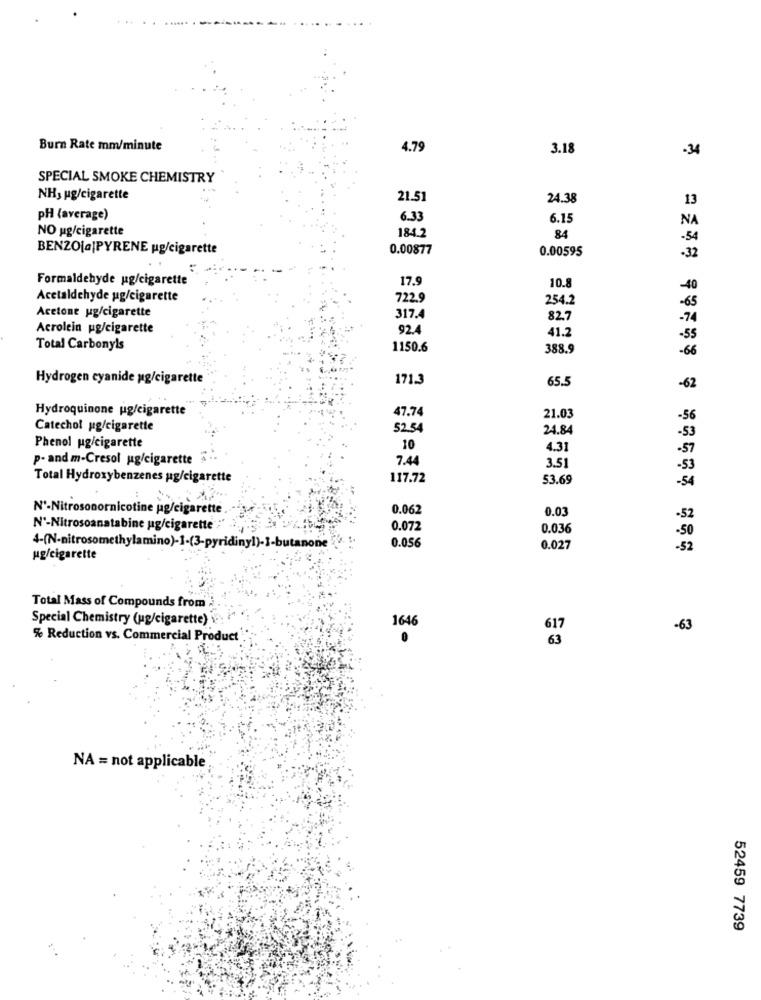
Burn Rate mm/minute
4.79
3.18
-34
SPECIAL SMOKE CHEMISTRY
NH3 ug/cigarette
21.51
24.38
13
pH (average)
6.33
6.15
NA
NO ug/cigarette
184.2
84
-54
BENZO|a|PYRENE ug/cigarette
0.00877
0.00595
-32
Formaldehyde ug/cigarette
17.9
10.8
-40
Acetaldehyde ug/cigarette
722.9
254.2
Acetone ug/cigarette
317.4
82.7
Acrolein pg/cigarette
92.4
41.2
-55
Total Carbonyls
1150.6
388.9
-66
Hydrogen cyanide ug/cigarette
171.3
65.5
-62
Hydroquinone ug/cigarette
47.74
21.03
Catechol ug/cigarette
52.54
24.84
Phenol ug/cigarette
10
4.31
p- and m-Cresol ug/cigarette
7.4
3.51
Total Hydroxybenzenes ug/cigarette
117.72
53.69
-54
Nº-Nitrosonornicotine pg/cigarette
0.062
0.03
-52
Nº-Nitrosoanatabine ug/cigarette
0.072
0.036
4-(N-nitrosomethylamino)-1-(3-pyridiny!)-I-butanone
0.056
0.027
-52
ug/cigarette
Total Mass of Compounds from
Special Chemistry (ug/cigarette) \
1646
-63
% Reduction vs. Commercial Product
NA = not applicable
52459 7739